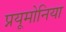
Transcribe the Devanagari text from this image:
प्नयूमोनिया